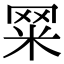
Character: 𦊮